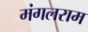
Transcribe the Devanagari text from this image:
मंगलराम